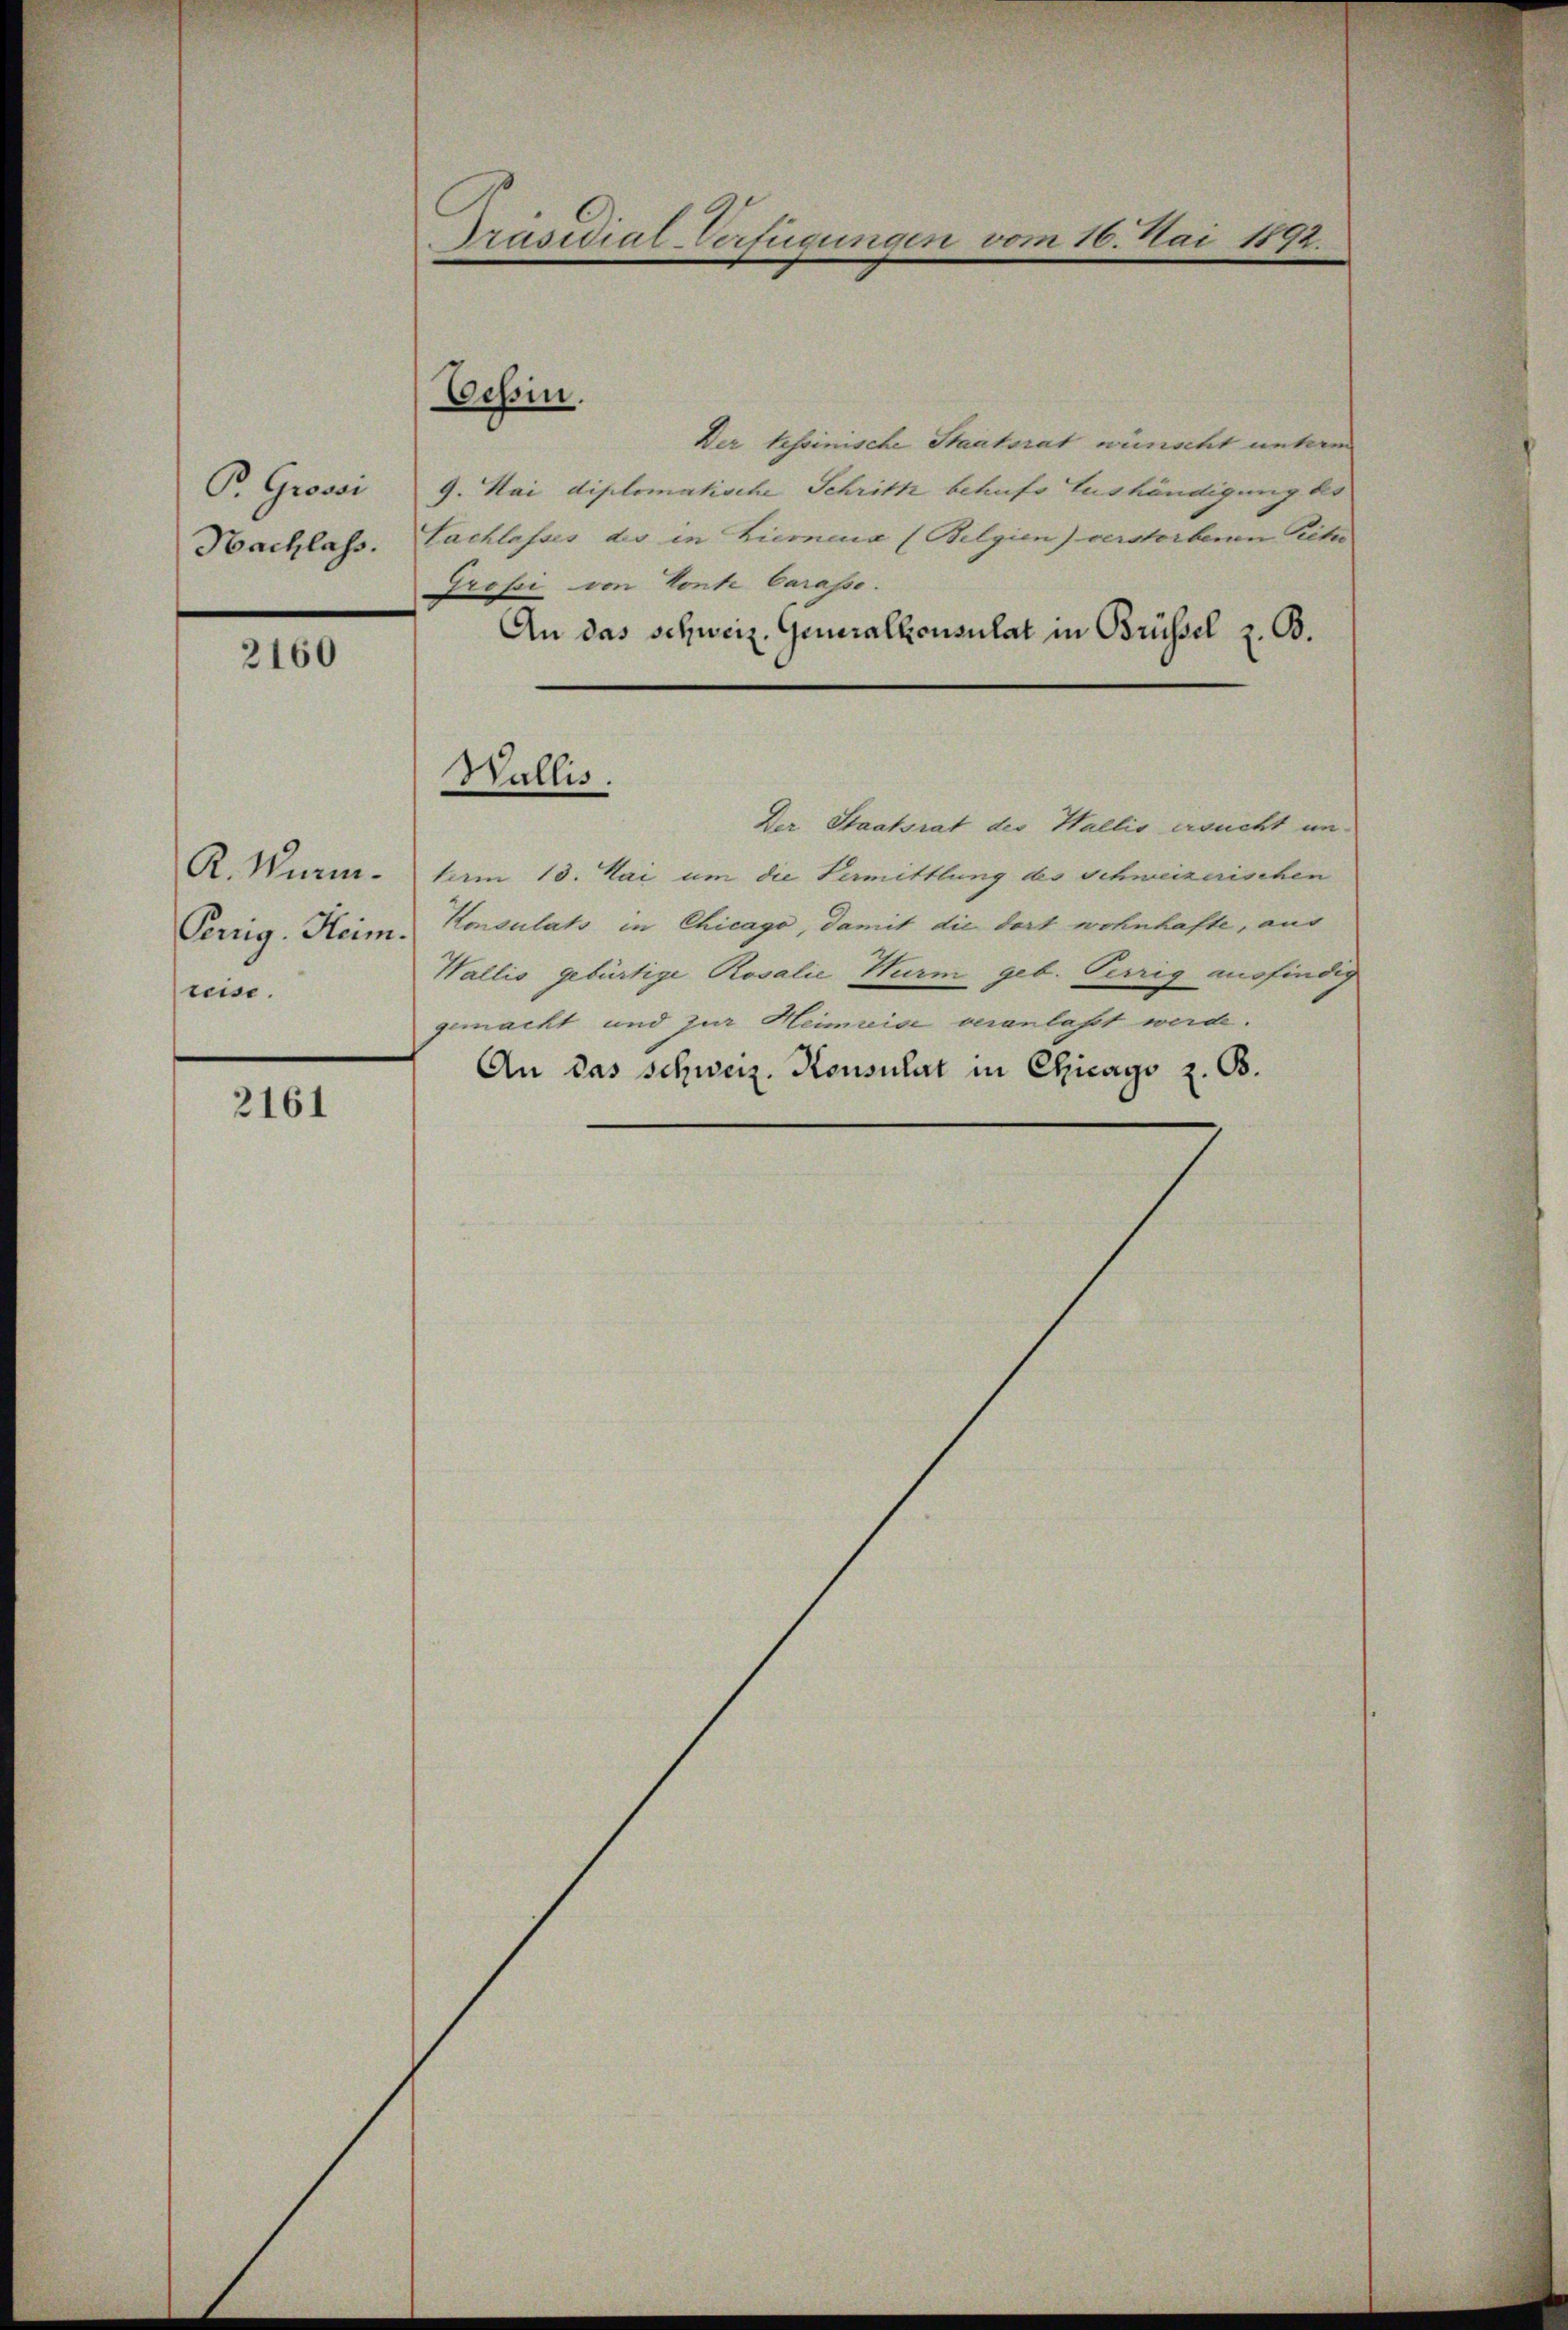
P. Grossi
Nachlass.

2160

K. Wurm.
Penig. Heim.
reise.

2161

Präsidial-Verfügungen vom 16. Mai 1892.

Cessin.

Der tessinische Staatsrat wünscht unterm
9. Mai diplomatische Schritt behufs Aushändigung bes
Sachlasses des in Ziemena (Belgien) verstorbenen Pete
Grosse von Konte Carasse.
An das schweiz. Generalkonsulat in Brüssel z. B.
Der Staatsrat der Wallis ersucht unterm 13. Mai um die Vermittlung des Schweizerischen
Konsulats in Chicago, damit die dort wohnhafte, aus
Wallis gebürtige Rosalie Wurm geb. Verrig ausfindig
gemacht und zur Heimreise veranlaßt werde.
An das Schweiz. Konsulat in Chicago z. B.

Wallis.